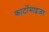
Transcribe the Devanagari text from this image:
कार्टोमाइजर